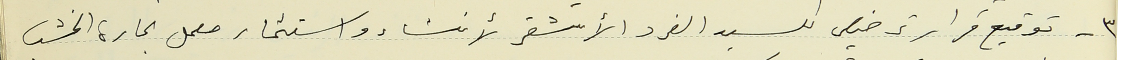
٣ - توقيع قرار ترخيص للسيد الفرد الأشقر لأنشاء واستثمار معمل نجارة الخشب